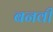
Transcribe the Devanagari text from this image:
बनवी